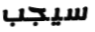
سيجب